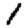
Digit: 1